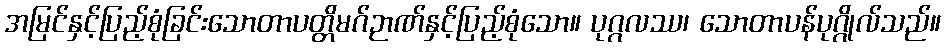
အမြင်နှင့်ပြည့်စုံခြင်းသောတာပတ္တိမဂ်ဉာဏ်နှင့်ပြည့်စုံသော။ ပုဂ္ဂလဿ၊ သောတာပန်ပုဂ္ဂိုလ်သည်။